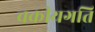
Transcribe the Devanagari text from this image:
चक्रीयगति